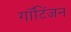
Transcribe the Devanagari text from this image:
गॉटिंजन